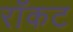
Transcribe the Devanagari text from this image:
रॉकट